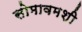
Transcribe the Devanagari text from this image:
सोमावमशी